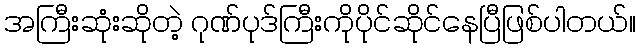
အကြီးဆုံးဆိုတဲ့ ဂုဏ်ပုဒ်ကြီးကိုပိုင်ဆိုင်နေပြီဖြစ်ပါတယ်။